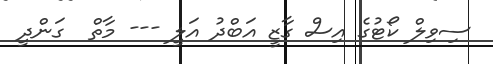
ސިވިލް ކޯޓުގެ އިސް ގާޒީ އަބްދު އަލީ --- މާތް  ގަންދީ